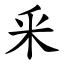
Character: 釆